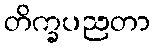
တိက္ခပညတာ